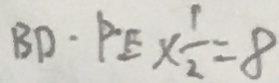
B D \cdot P E \times \frac { 1 } { 2 } = 8